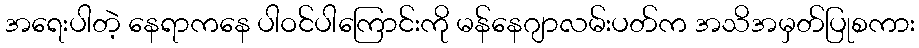
အရေးပါတဲ့ နေရာကနေ ပါဝင်ပါကြောင်းကို မန်နေဂျာလမ်းပတ်က အသိအမှတ်ပြုစကား